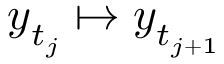
\boldsymbol { y } _ { t _ { j } } \mapsto \boldsymbol { y } _ { t _ { j + 1 } }